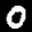
Digit: 0